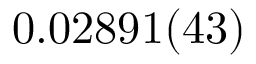
0 . 0 2 8 9 1 ( 4 3 )